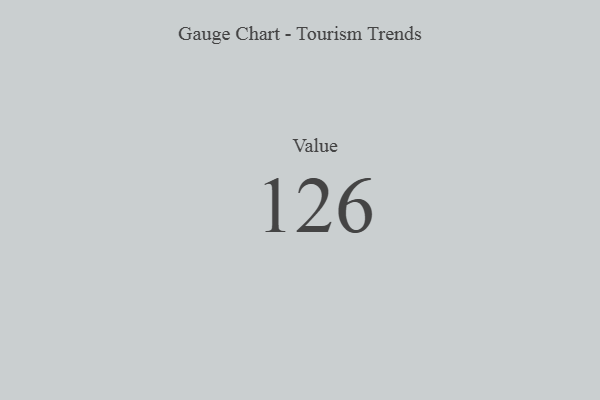
{"axis": {"x": "Metric", "y": "Value"}, "legend": [""], "data": [{"x": "Value", "y": 126, "type": ""}]}